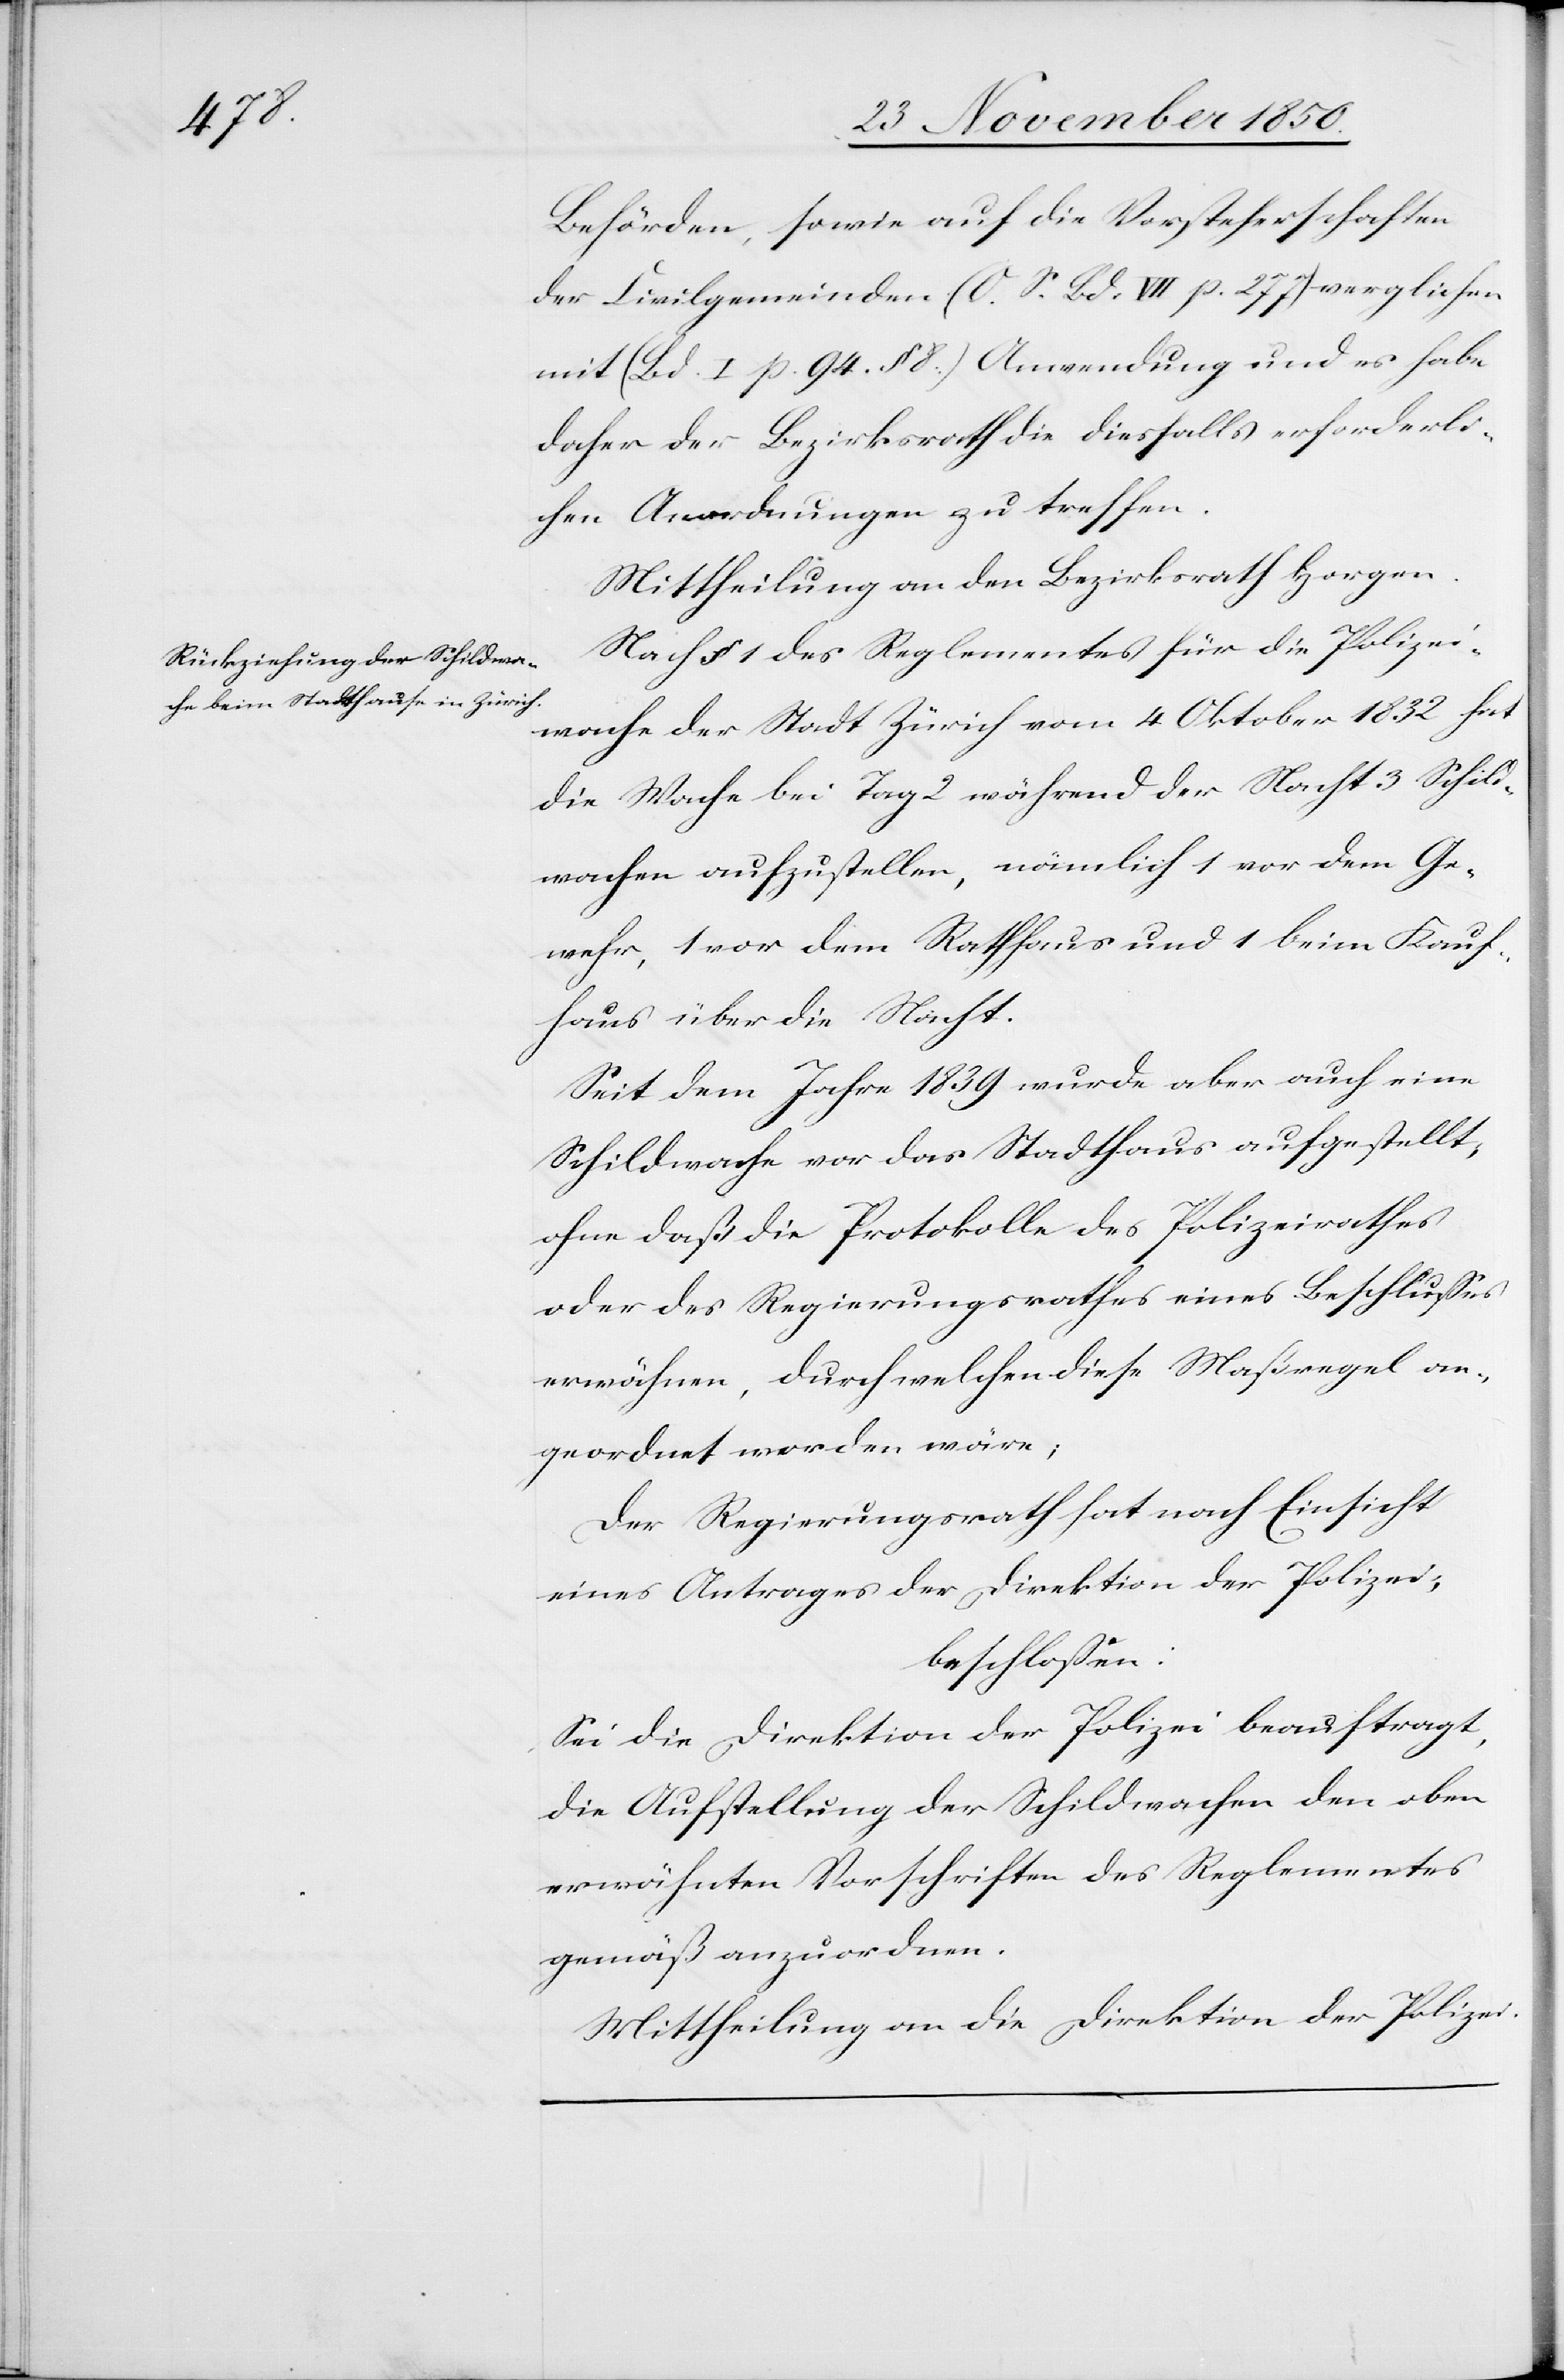
Behörden, sowie auf die Vorsteherschaften
der Civilgemeinden (O. S. Bd. VII p. 277) verglichen
mit (Bd. I p. 94. § 8.) Anwendung und es habe
daher der Bezirksrath die diesfalls erforderli¬
chen Anordnungen zu treffen.
Mittheilung an den Bezirksrath Horgen.
Nach § 1 des Reglementes für die Polizei¬
wache der Stadt Zürich vom 4 Oktober 1832 hat
die Wache bei Tag 2[,] während der Nacht 3 Schild¬
wachen aufzustellen, nämlich 1 vor dem Ge¬
wehr, 1 vor dem Rathhaus und 1 beim Kauf¬
haus über die Nacht.
Seit dem Jahre 1839 wurde aber auch eine
Schildwache vor das Stadthaus aufgestellt,
ohne daß die Protokolle des Polizeirathes
oder des Regierungsrathes eines Beschlusses
erwähnen, durch welchen diese Maßregel an¬
geordnet worden wäre;
Der Regierungsrath hat nach Einsicht
eines Antrages der Direktion der Polizei;
beschlossen:
Sei die Direktion der Polizei beauftragt,
die Aufstellung der Schildwachen den oben
erwähnten Vorschriften des Reglementes
gemäß anzuordnen.
Mittheilung an die Direktion der Polizei.